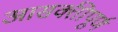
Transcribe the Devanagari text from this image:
आसक्तीपूर्ण